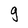
Character: g